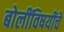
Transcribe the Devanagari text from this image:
बोलींविषयींचे